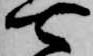
七